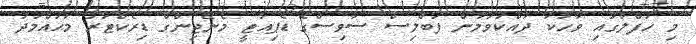
މި ހަފްލާގައި ވާހަކަ ދައްކަވަމުން ޕަބްލިސް ސާވިސްގެ ޑެޕިއުޓީ މެނޭޖިންގް ޑިރެކްޓަރު މުޙައްމަދު